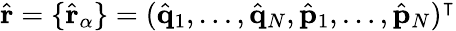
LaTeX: \hat{\mathbf{r}}=\{ \hat{\mathbf{r}}_{\alpha}\} =(\hat{\mathbf{q}}_{1},\dots,\hat{\mathbf{q}}_{N},\hat{\mathbf{p}}_{1},\dots,\hat{\mathbf{p}}_{N})^{\intercal}